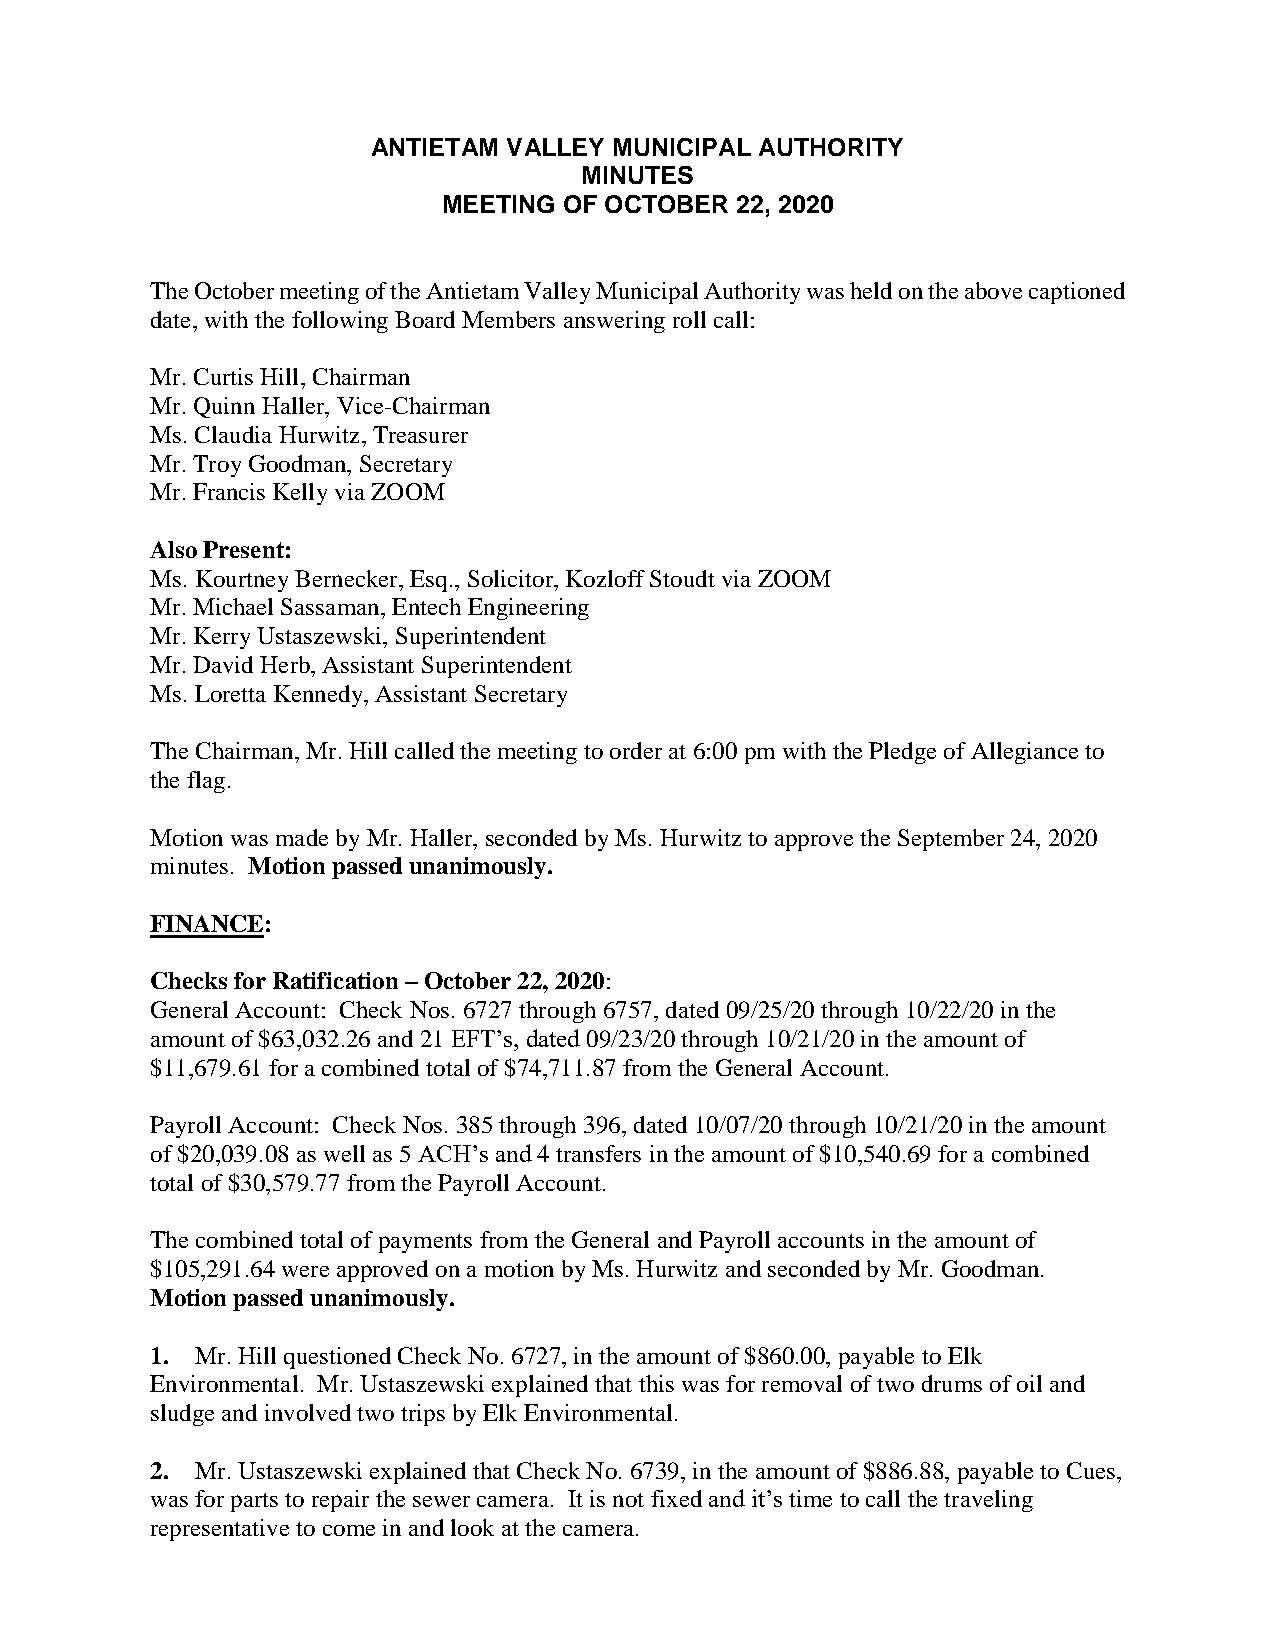
ANTIETAM VALLEY MUNICIPAL AUTHORITY
 MINUTES
 MEETING OF OCTOBER  22, 2020
 The October meeting of the Antietam Valley Municipal Authority was held on the above captioned
 date, with the following Board Members answering roll call:
 Mr. Curtis Hill, Chairman
 Mr. Quinn Haller, Vice-Chairman
 Ms. Claudia Hurwitz, Treasurer
 Mr. Troy Goodman, Secretary
 Mr. Francis Kelly via ZOOM
 Also Present:
 Ms. Kourtney Bernecker, Esq., Solicitor, Kozloff Stoudt via ZOOM
 Mr. Michael Sassaman, Entech Engineering
 Mr. Kerry Ustaszewski, Superintendent
 Mr. David Herb, Assistant Superintendent
 Ms. Loretta Kennedy, Assistant Secretary
 The Chairman, Mr. Hill called the meeting to order at 6:00 pm with the Pledge of Allegiance to
 the flag.
 Motion was made by Mr. Haller, seconded by Ms. Hurwitz to approve the September 24, 2020
 minutes. Motion passed unanimously.
 FINANCE:
 Checks for Ratification – October 22, 2020:
 General Account: Check Nos. 6727 through 6757, dated 09/25/20 through 10/22/20 in the
 amount of $63,032.26 and 21 EFT’s, dated 09/23/20 through 10/21/20 in the amount of
 $11,679.61 for a combined total of $74,711.87 from the General Account.
 Payroll Account: Check Nos. 385 through 396, dated 10/07/20 through 10/21/20 in the amount
 of $20,039.08 as well as 5 ACH’s and 4 transfers in the amount of $10,540.69 for a combined
 total of $30,579.77 from the Payroll Account.
 The combined total of payments from the General and Payroll accounts in the amount of
 $105,291.64 were approved on a motion by Ms. Hurwitz and seconded by Mr. Goodman.
 Motion passed unanimously.
 1. Mr. Hill questioned Check No. 6727, in the amount of $860.00, payable to Elk
 Environmental. Mr. Ustaszewski explained that this was for removal of two drums of oil and
 sludge and involved two trips by Elk Environmental.
 2. Mr. Ustaszewski explained that Check No. 6739, in the amount of $886.88, payable to Cues,
 was for parts to repair the sewer camera. It is not fixed and it’s time to call the traveling
 representative to come in and look at the camera.